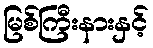
မြစ်ကြီးနားနှင့်